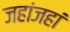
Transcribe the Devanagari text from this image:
जहांजहां